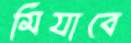
মিযাবে